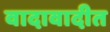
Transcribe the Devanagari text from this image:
वादावादीत